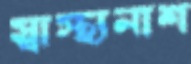
স্বাস্থ্যনাশ